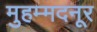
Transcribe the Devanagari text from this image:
मुहम्मदनूर